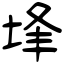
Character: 埄